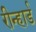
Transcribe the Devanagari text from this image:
रीन्हार्ड